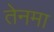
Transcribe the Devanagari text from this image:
तेनमा